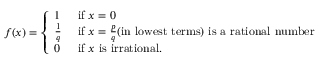
f ( x ) = { \left\{ \begin{array} { l l } { 1 } & { { \mathrm { ~ i f ~ } } x = 0 } \\ { { \frac { 1 } { q } } } & { { \mathrm { ~ i f ~ } } x = { \frac { p } { q } } { \mathrm { ( i n ~ l o w e s t ~ t e r m s ) ~ i s ~ a ~ r a t i o n a l ~ n u m b e r } } } \\ { 0 } & { { \mathrm { ~ i f ~ } } x { \mathrm { ~ i s ~ i r r a t i o n a l } } . } \end{array} \right. }